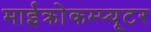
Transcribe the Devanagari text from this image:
माईक्रोकम्प्यूटर